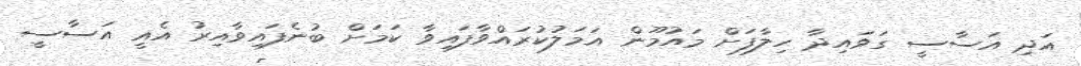
އަދި އަސާސީ ގަވައިދާ ހިލާފަށް މައުމޫން އަމަލުކުރައްވާފައިވާ ކަމަށް ބުނެފައިވާއިރު އެއީ އަސާސީ